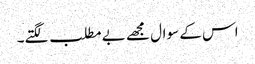
اس کے سوال مجھے بے مطلب لگتے۔